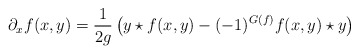
\begin{align*}\partial_xf(x,y)=\frac{1}{2g}\left(y\star f(x,y)-(-1)^{G(f)}f(x,y)\star y\right)\end{align*}